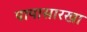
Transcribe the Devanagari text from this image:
पायासारखा